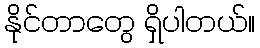
နိုင်တာတွေ ရှိပါတယ်။